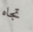
تجاه